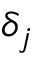
\delta _ { j }